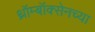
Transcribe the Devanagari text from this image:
थ्रॉम्बॉक्सेनच्या